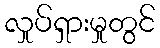
လှုပ်ရှားမှုတွင်